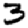
Digit: 3